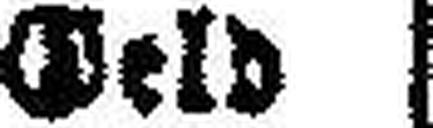
Geld